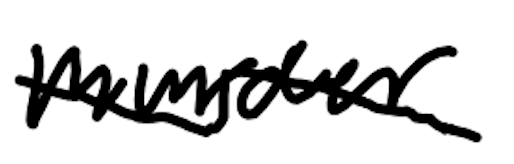
Text: murder.
Cross-out: wave
Writing tool: digital_black